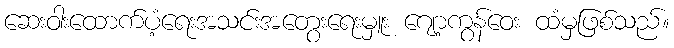
ဆေးဝါးထောက်ပံ့ရေးအသင်းအတွေးရေးမှူး ဂျော့ကွန်ဝေး ထံမှဖြစ်သည်။